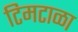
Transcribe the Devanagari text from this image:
टिमटाळा